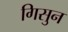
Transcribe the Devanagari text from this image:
गिसुन